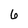
Character: 6